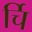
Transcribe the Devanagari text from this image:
र्चि